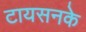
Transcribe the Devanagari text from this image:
टायसनके